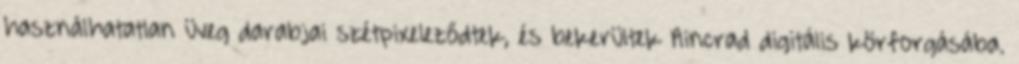
használhatatlan üveg darabjai szétpixeleződtek, és bekerültek Aincrad digitális körforgásába.